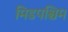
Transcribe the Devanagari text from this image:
मिडपश्चिम